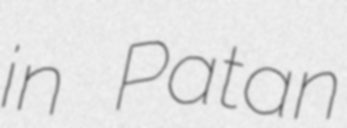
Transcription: in Patan